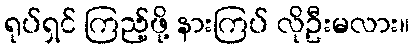
ရုပ်ရှင် ကြည့်ဖို့ နားကြပ် လိုဦးမလား။